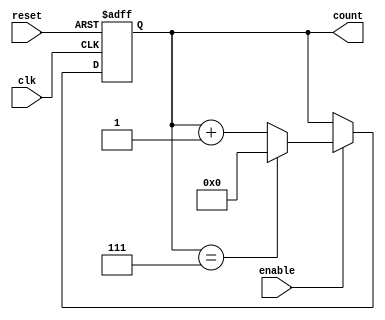
module Modulo_N_Up_Counter (
    input wire clk,
    input wire reset,
    input wire enable,
    output reg [7:0] count
);

parameter N = 8;

always @(posedge clk or posedge reset) begin
    if (reset) begin
        count <= 8'd0;
    end else if (enable) begin
        if (count == N-1) begin
            count <= 8'd0;
        end else begin
            count <= count + 1;
        end
    end
end

endmodule